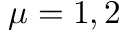
\mu = 1 , 2